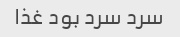
سرد سرد بود غذا